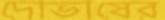
দোভাষের